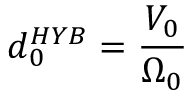
d _ { 0 } ^ { H Y B } = \frac { V _ { 0 } } { \Omega _ { 0 } }